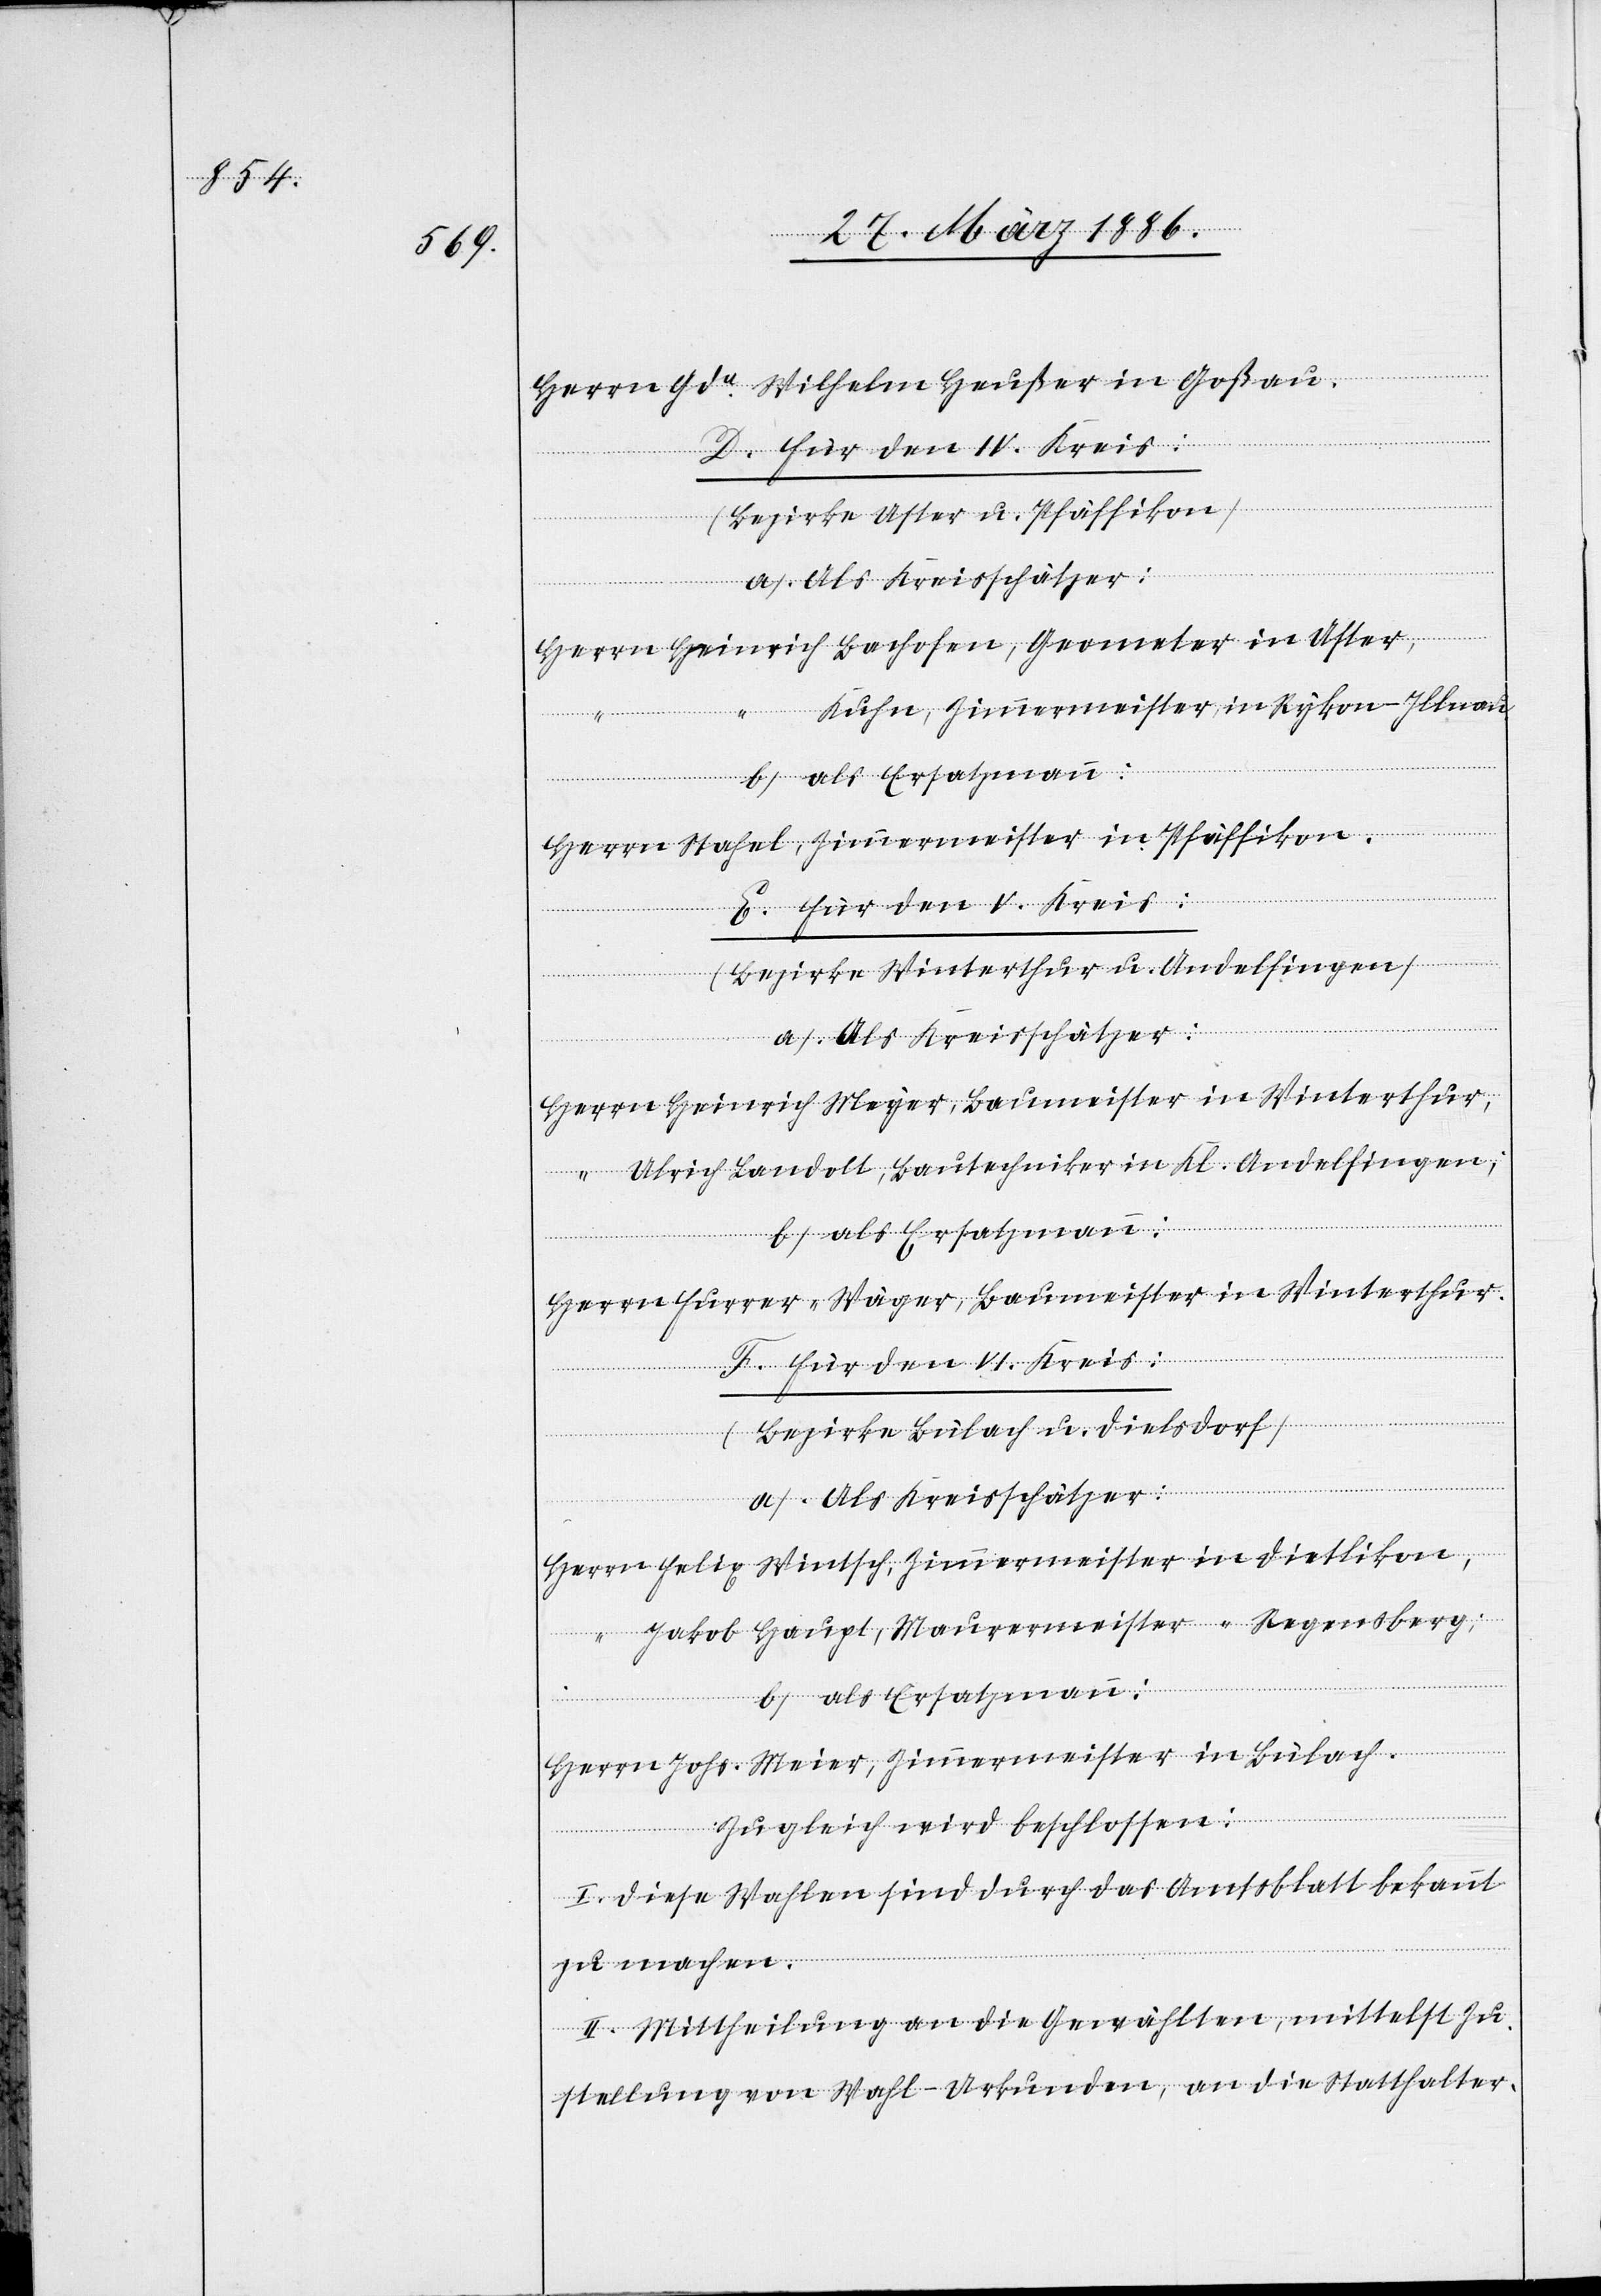
Herrn Gde. Wilhelm Heußer in Goßau.
D. Für den IV. Kreis:
(Bezirke Uster u. Pfäffikon)
Herrn Heinrich Bachofen, Geometer in Uster,
Kuhn, Zimmermeister, in Rykon-Illnau,
Herrn Stahel, Zimmermeister in Pfäffikon.
F. Für den VI. Kreis:
(Bezirke Winterthur u. Andelfingen)
Herrn Heinrich Meyer, Baumeister in Winterthur,
“ Ulrich Landolt, Bautechniker in Kl. Andelfingen.
Herrn Furrer-Wägner, Baumeister in Winterthur.
(Bezirke Bülach u. Dielsdorf)
a) Als Kreisschätzer:
Herrn Felix Wintsch, Zimmermeister in Dietlikon,
“ Jakob Haupt, Maurermeister “ Regensberg.
b) Als Ersatzmann:
Herrn Johs. Meier, Zimmermeister in Bülach.
Zugleich wird beschlossen:
I. Diese Wahlen sind durch das Amtsblatt bekannt
zu machen.
II. Mittheilung an die Gewählten, mittelst Zu¬
stellung von Wahl-Urkunden, an die Statthalter-